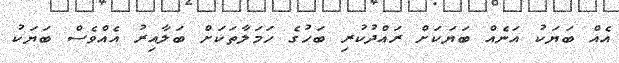
އެއް ބަޔަކު އަނެއް ބަޔަަކަށް ރައްދުކުރި ބަހުގެ ހަމަލާތަކަށް ބަލާއިރު އެއްވެސް ބަޔަކު